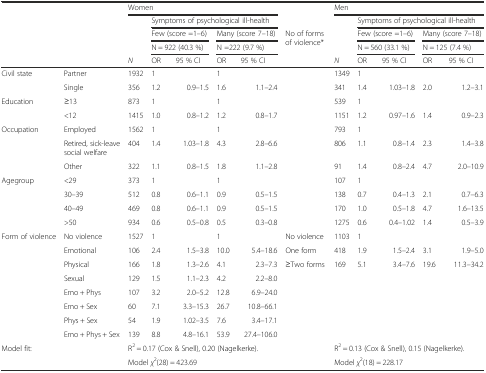
<table><thead><tr><td></td><td></td><td colspan="5"><b>Women</b></td><td></td><td colspan="5"><b>Men</b></td></tr><tr><td></td><td></td><td></td><td colspan="4"><b>Symptoms of psychological ill-health</b></td><td></td><td></td><td colspan="4"><b>Symptoms of psychological ill-health</b></td></tr><tr><td rowspan="2"></td><td rowspan="2"></td><td rowspan="2"></td><td colspan="2"><b>Few (score =1–6)</b></td><td colspan="2"><b>Many (score 7–18)</b></td><td rowspan="3"><b>No of forms of violence*</b></td><td rowspan="2"></td><td colspan="2"><b>Few (score =1–6)</b></td><td colspan="2"><b>Many (score 7–18)</b></td></tr><tr><td colspan="2"><b>N = 922 (40.3 %)</b></td><td colspan="2"><b>N =222 (9.7 %)</b></td><td colspan="2"><b>N = 560 (33.1 %)</b></td><td colspan="2"><b>N = 125 (7.4 %)</b></td></tr><tr><td></td><td></td><td><b><i>N</i></b></td><td><b>OR</b></td><td><b>95 % CI</b></td><td><b>OR</b></td><td><b>95 % CI</b></td><td><b><i>N</i></b></td><td><b>OR</b></td><td><b>95 % CI</b></td><td><b>OR</b></td><td><b>95 % CI</b></td></tr></thead><tbody><tr><td>Civil state</td><td>Partner</td><td>1932</td><td>1</td><td></td><td>1</td><td></td><td></td><td>1349</td><td>1</td><td></td><td></td><td></td></tr><tr><td></td><td>Single</td><td>356</td><td>1.2</td><td>0.9–1.5</td><td>1.6</td><td>1.1–2.4</td><td></td><td>341</td><td>1.4</td><td>1.03–1.8</td><td>2.0</td><td>1.2–3.1</td></tr><tr><td>Education</td><td>≥13</td><td>873</td><td>1</td><td></td><td>1</td><td></td><td></td><td>539</td><td>1</td><td></td><td></td><td></td></tr><tr><td></td><td>&lt;12</td><td>1415</td><td>1.0</td><td>0.8–1.2</td><td>1.2</td><td>0.8–1.7</td><td></td><td>1151</td><td>1.2</td><td>0.97–1.6</td><td>1.4</td><td>0.9–2.3</td></tr><tr><td>Occupation</td><td>Employed</td><td>1562</td><td>1</td><td></td><td>1</td><td></td><td></td><td>793</td><td>1</td><td></td><td></td><td></td></tr><tr><td></td><td>Retired, sick-leave social welfare</td><td>404</td><td>1.4</td><td>1.03–1.8</td><td>4.3</td><td>2.8–6.6</td><td></td><td>806</td><td>1.1</td><td>0.8–1.4</td><td>2.3</td><td>1.4–3.8</td></tr><tr><td></td><td>Other</td><td>322</td><td>1.1</td><td>0.8–1.5</td><td>1.8</td><td>1.1–2.8</td><td></td><td>91</td><td>1.4</td><td>0.8–2.4</td><td>4.7</td><td>2.0–10.9</td></tr><tr><td>Agegroup</td><td>&lt;29</td><td>373</td><td>1</td><td></td><td>1</td><td></td><td></td><td>107</td><td>1</td><td></td><td></td><td></td></tr><tr><td></td><td>30–39</td><td>512</td><td>0.8</td><td>0.6–1.1</td><td>0.9</td><td>0.5–1.5</td><td></td><td>138</td><td>0.7</td><td>0.4–1.3</td><td>2.1</td><td>0.7–6.3</td></tr><tr><td></td><td>40–49</td><td>469</td><td>0.8</td><td>0.6–1.1</td><td>0.9</td><td>0.5–1.5</td><td></td><td>170</td><td>1.0</td><td>0.5–1.8</td><td>4.7</td><td>1.6–13.5</td></tr><tr><td></td><td>&gt;50</td><td>934</td><td>0.6</td><td>0.5–0.8</td><td>0.5</td><td>0.3–0.8</td><td></td><td>1275</td><td>0.6</td><td>0.4–1.02</td><td>1.4</td><td>0.5–3.9</td></tr><tr><td rowspan="2">Form of violence</td><td>No violence</td><td>1527</td><td>1</td><td></td><td>1</td><td></td><td>No violence</td><td>1103</td><td>1</td><td></td><td></td><td></td></tr><tr><td>Emotional</td><td>106</td><td>2.4</td><td>1.5–3.8</td><td>10.0</td><td>5.4–18.6</td><td>One form</td><td>418</td><td>1.9</td><td>1.5–2.4</td><td>3.1</td><td>1.9–5.0</td></tr><tr><td></td><td>Physical</td><td>166</td><td>1.8</td><td>1.3–2.6</td><td>4.1</td><td>2.3–7.3</td><td>≥Two forms</td><td>169</td><td>5.1</td><td>3.4–7.6</td><td>19.6</td><td>11.3–34.2</td></tr><tr><td></td><td>Sexual</td><td>129</td><td>1.5</td><td>1.1–2.3</td><td>4.2</td><td>2.2–8.0</td><td></td><td></td><td></td><td></td><td></td><td></td></tr><tr><td></td><td>Emo + Phys</td><td>107</td><td>3.2</td><td>2.0–5.2</td><td>12.8</td><td>6.9–24.0</td><td></td><td></td><td></td><td></td><td></td><td></td></tr><tr><td></td><td>Emo + Sex</td><td>60</td><td>7.1</td><td>3.3–15.3</td><td>26.7</td><td>10.8–66.1</td><td></td><td></td><td></td><td></td><td></td><td></td></tr><tr><td></td><td>Phys + Sex</td><td>54</td><td>1.9</td><td>1.02–3.5</td><td>7.6</td><td>3.4–17.1</td><td></td><td></td><td></td><td></td><td></td><td></td></tr><tr><td></td><td>Emo + Phys + Sex</td><td>139</td><td>8.8</td><td>4.8–16.1</td><td>53.9</td><td>27.4–106.0</td><td></td><td></td><td></td><td></td><td></td><td></td></tr><tr><td rowspan="2">Model fit:</td><td rowspan="2"></td><td colspan="5">R<sup>2</sup> = 0.17 (Cox &amp; Snell), 0.20 (Nagelkerke).</td><td rowspan="2"></td><td colspan="5">R<sup>2</sup> = 0.13 (Cox &amp; Snell), 0.15 (Nagelkerke).</td></tr><tr><td colspan="5">Model <i>χ</i><sup>2</sup>(28) = 423.69</td><td colspan="5">Model <i>χ</i><sup>2</sup>(18) = 228.17</td></tr></tbody></table>